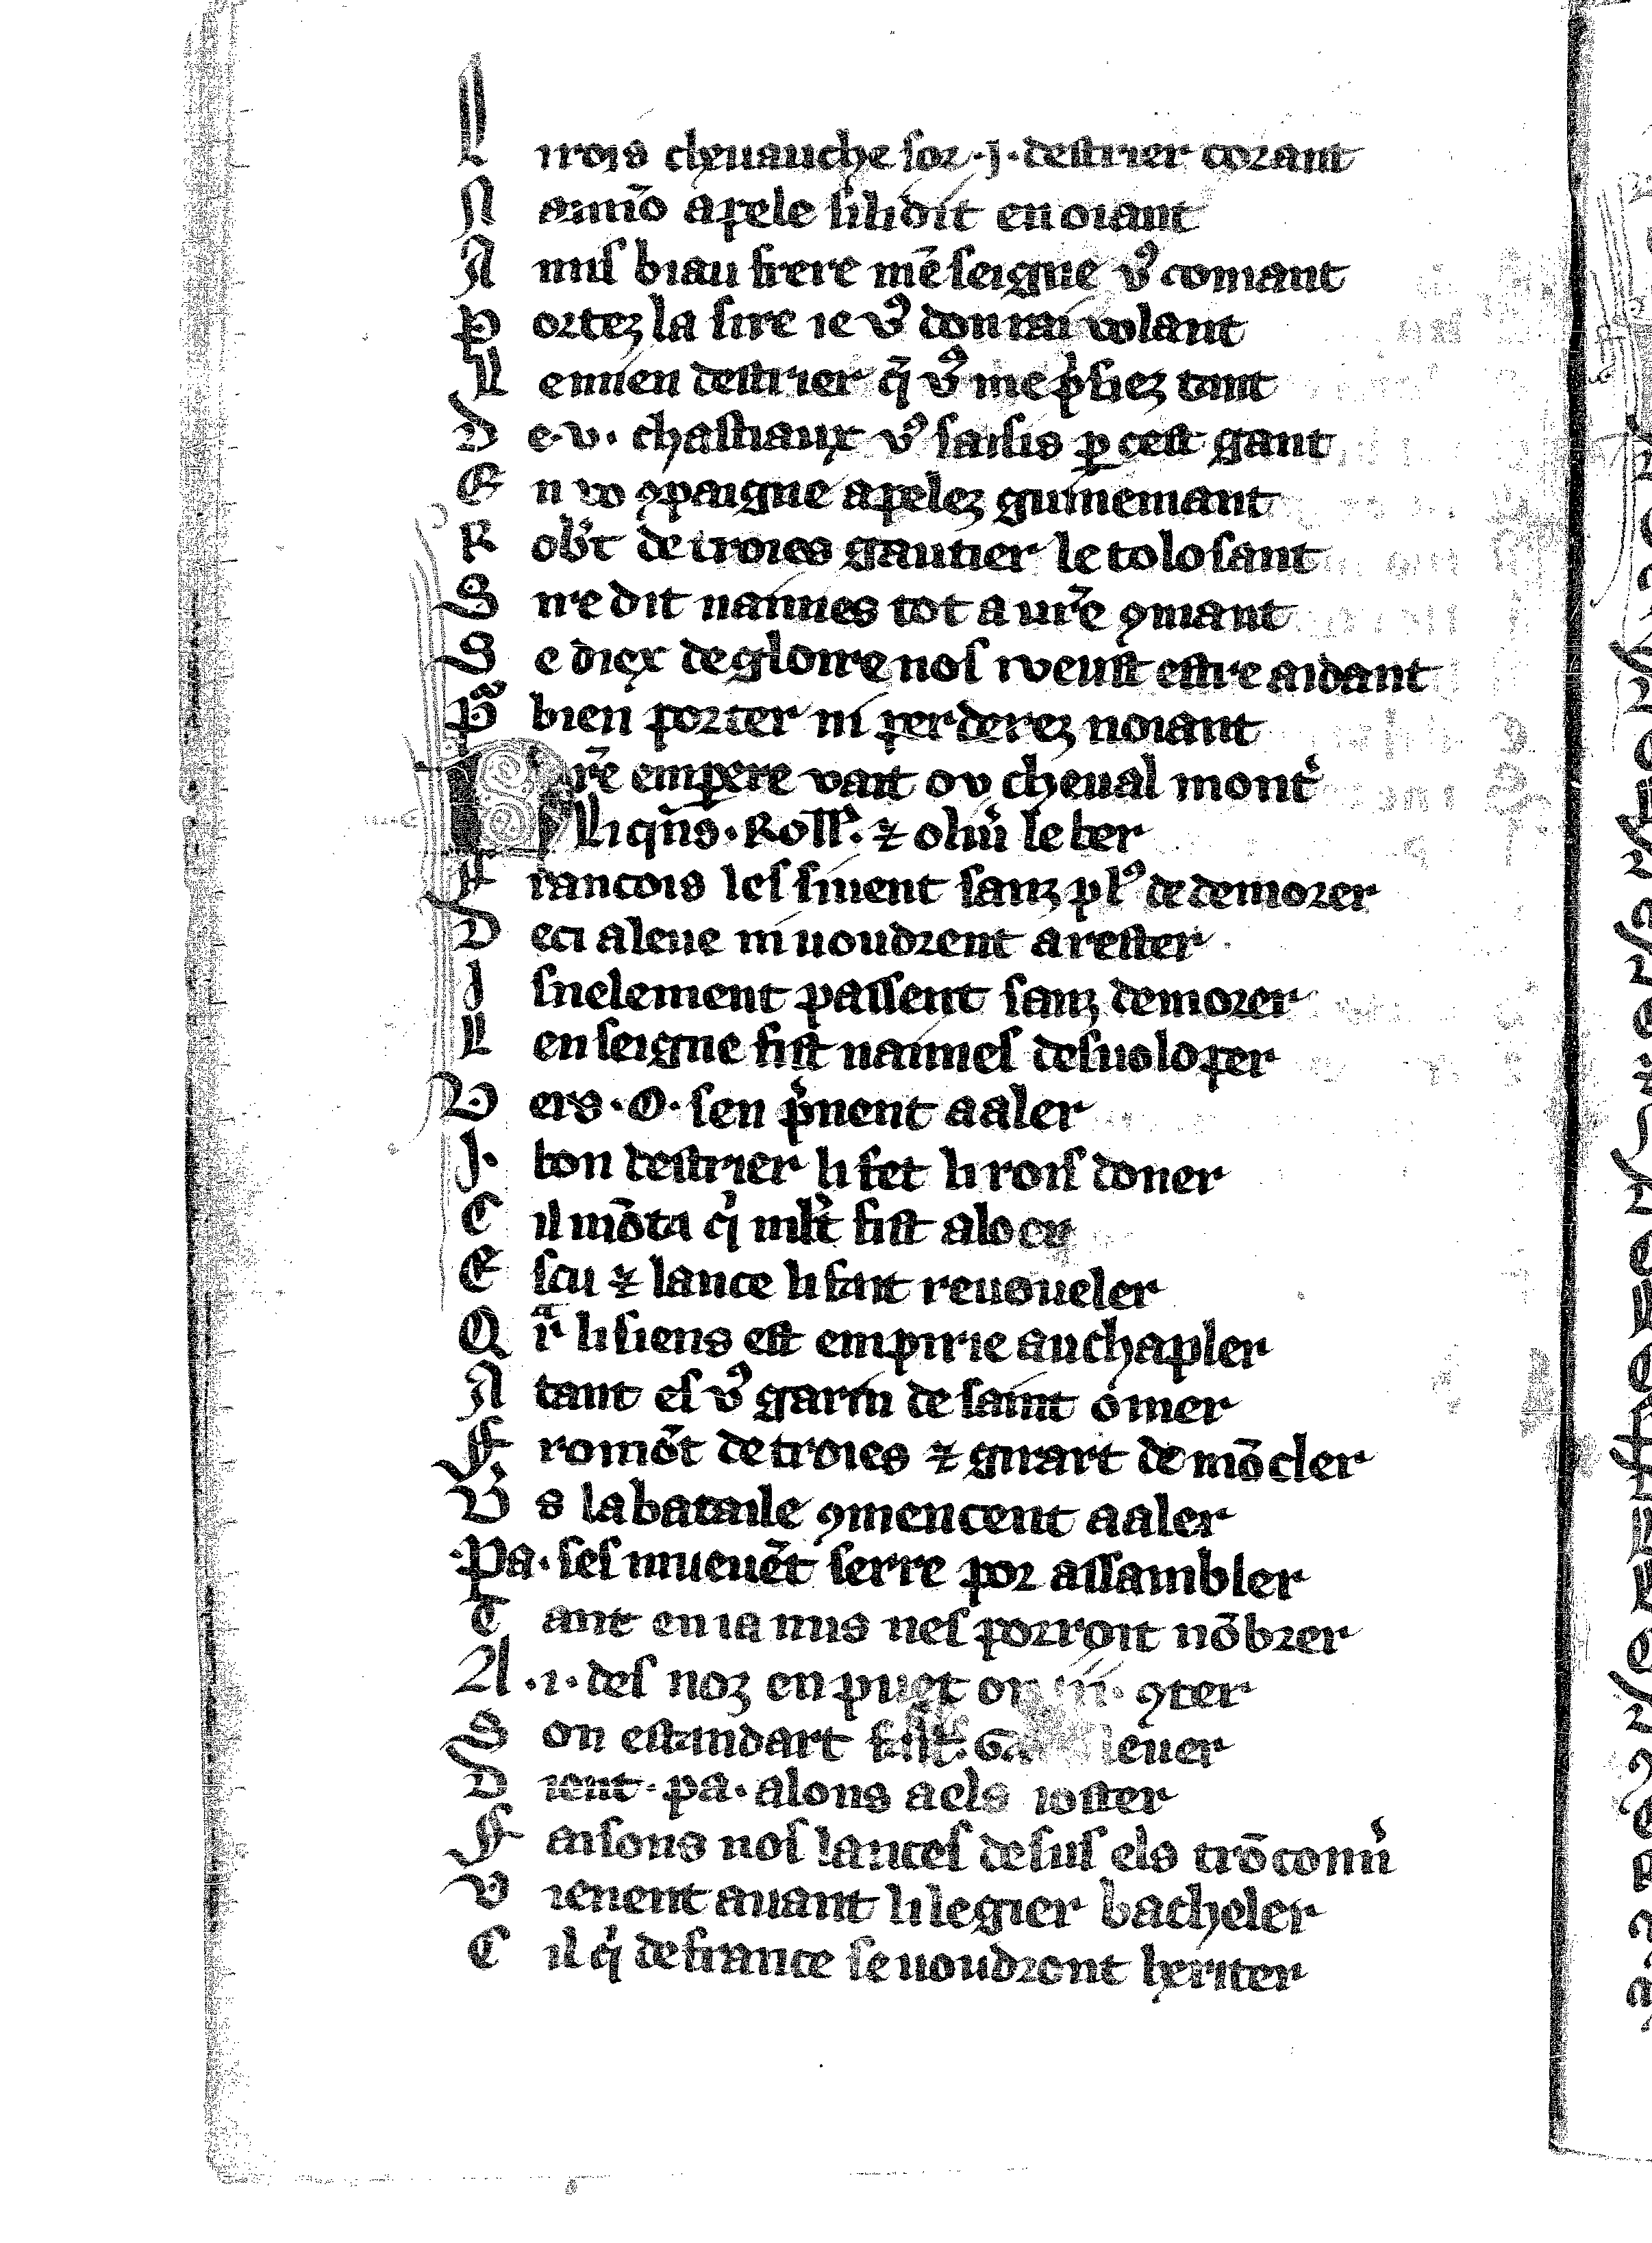
Shelfmark: Vatican, Biblioteca apostolica vaticana, Reg.lat. 1616
Century: 14